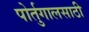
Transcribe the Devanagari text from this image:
पोर्तुगालसाठी